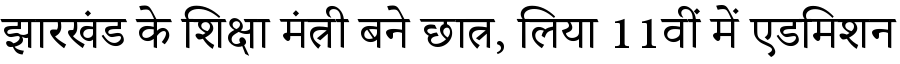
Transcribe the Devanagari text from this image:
झारखंड के शिक्षा मंत्री बने छात्र, लिया 11वीं में एडमिशन